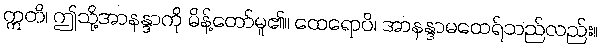
ဣတိ၊ ဤသို့အာနန္ဒာကို မိန့်တော်မူ၏။ ထေရောပိ၊ အာနန္ဒာမထေရ်သည်လည်း။